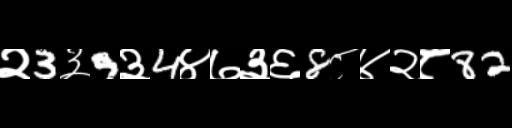
Text: २3३9३4४७३६8८४२८82